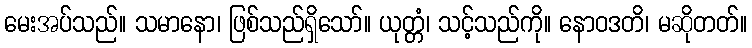
မေးအပ်သည်။ သမာနော၊ ဖြစ်သည်ရှိသော်။ ယုတ္တံ၊ သင့်သည်ကို။ နောဝဒတိ၊ မဆိုတတ်။